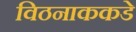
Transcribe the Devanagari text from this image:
विठनाककडे